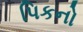
પિકનો